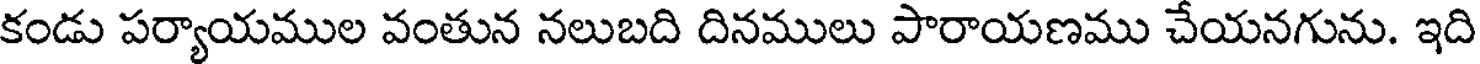
కండు పర్యాయముల వంతున నలుబది దినములు పారాయణము చేయనగును. ఇది